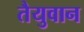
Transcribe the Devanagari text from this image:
तैयुवान